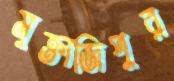
মুক্তাজিপুর